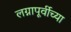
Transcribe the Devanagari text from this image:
लग्नापूर्वीच्या